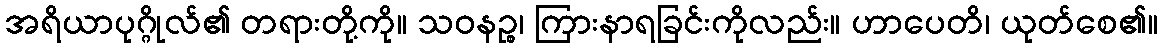
အရိယာပုဂ္ဂိုလ်၏ တရားတို့ကို။ သဝနဉ္စ၊ ကြားနာရခြင်းကိုလည်း။ ဟာပေတိ၊ ယုတ်စေ၏။